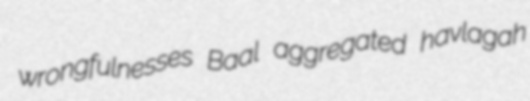
wrongfulnesses Baal aggregated havlagah